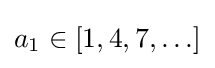
a_{1}\in [1,4,7,\ldots ]